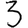
Digit: 3